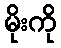
မိုးကို